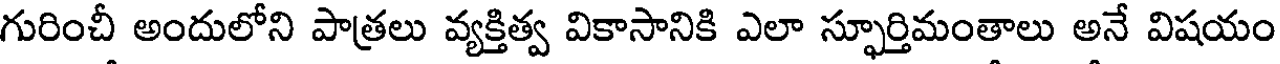
గురించీ అందులోని పాత్రలు వ్యక్తిత్వ వికాసానికి ఎలా స్ఫూర్తిమంతాలు అనే విషయం